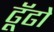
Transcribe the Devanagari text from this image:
ढूॅढो